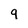
Character: 9